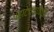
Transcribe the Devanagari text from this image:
पहाटेच्यावेळी